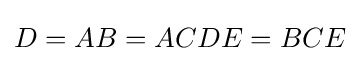
D=AB=ACDE=BCE